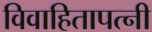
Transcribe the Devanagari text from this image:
विवाहितापत्नी